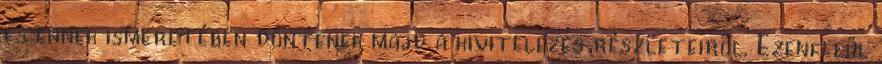
és ennek ismeretében döntenek majd a kivitelezés részleteiről. Ezenfelül